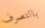
بالتصرف